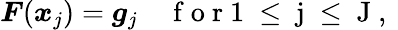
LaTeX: \boldsymbol{F}(\boldsymbol{x}_{j})=\boldsymbol{g}_{j}\quad\mathrm{~f~o~r~1~\le~j~\le~J~,~}